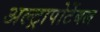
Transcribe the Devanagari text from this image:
अल्ट्रापोर्टेबल